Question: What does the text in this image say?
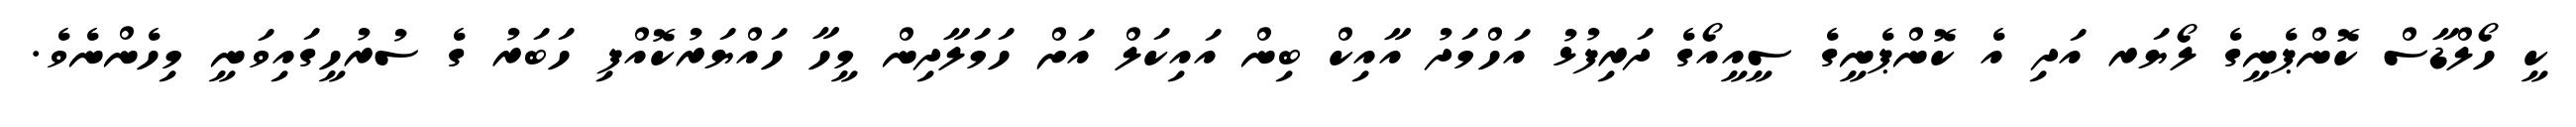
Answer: ކީ ހޯލްޑާސް ކޮންޕެނީގެ ލޯޔަރ އަދި އެ ކޮންޕެނީގެ ސީއީއޯގެ ދަރިފުޅު އަހްމަދު އާއިކް ބިން އައިކަލް އަށް ހަމަލާދިން މީހާ ހައްޔަރުކޮއްފި ހަބަރު ގެ ސުރުހީގައިވަނީ މިހެންނެވެ.